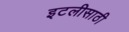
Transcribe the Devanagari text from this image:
इटलीसाठी